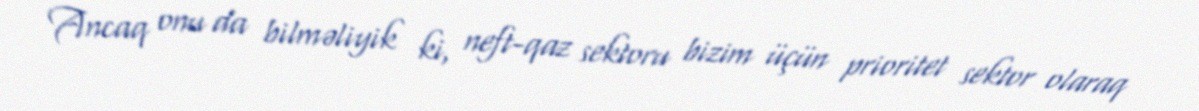
Ancaq onu da bilməliyik ki, neft-qaz sektoru bizim üçün prioritet sektor olaraq